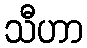
သီဟာ